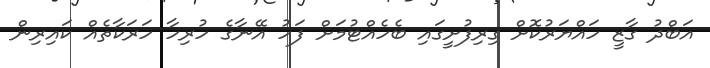
އަބްދު ގާޒީ ހައްޔަރުކޮށް ގިރިފުށީގައި ބެހެއްޓުމަށް ފަހު އޭނާގެ ހުރިހާ ހަރަކާތެއް ކައިރިން